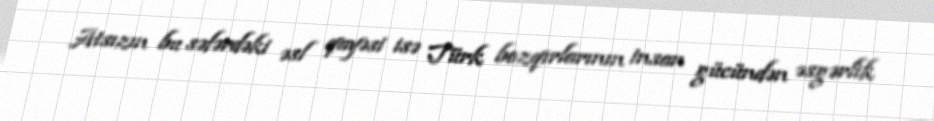
Atsızın bu səfərdəki əsl qayəsi isə Türk bozqırlarının insan gücündən əsgərlik